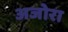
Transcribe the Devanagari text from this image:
अजोरा